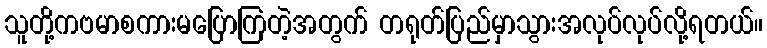
သူတို့ကဗမာစကားမပြောကြတဲ့အတွက် တရုတ်ပြည်မှာသွားအလုပ်လုပ်လို့ရတယ်။